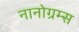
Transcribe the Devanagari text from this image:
नानोग्रम्स